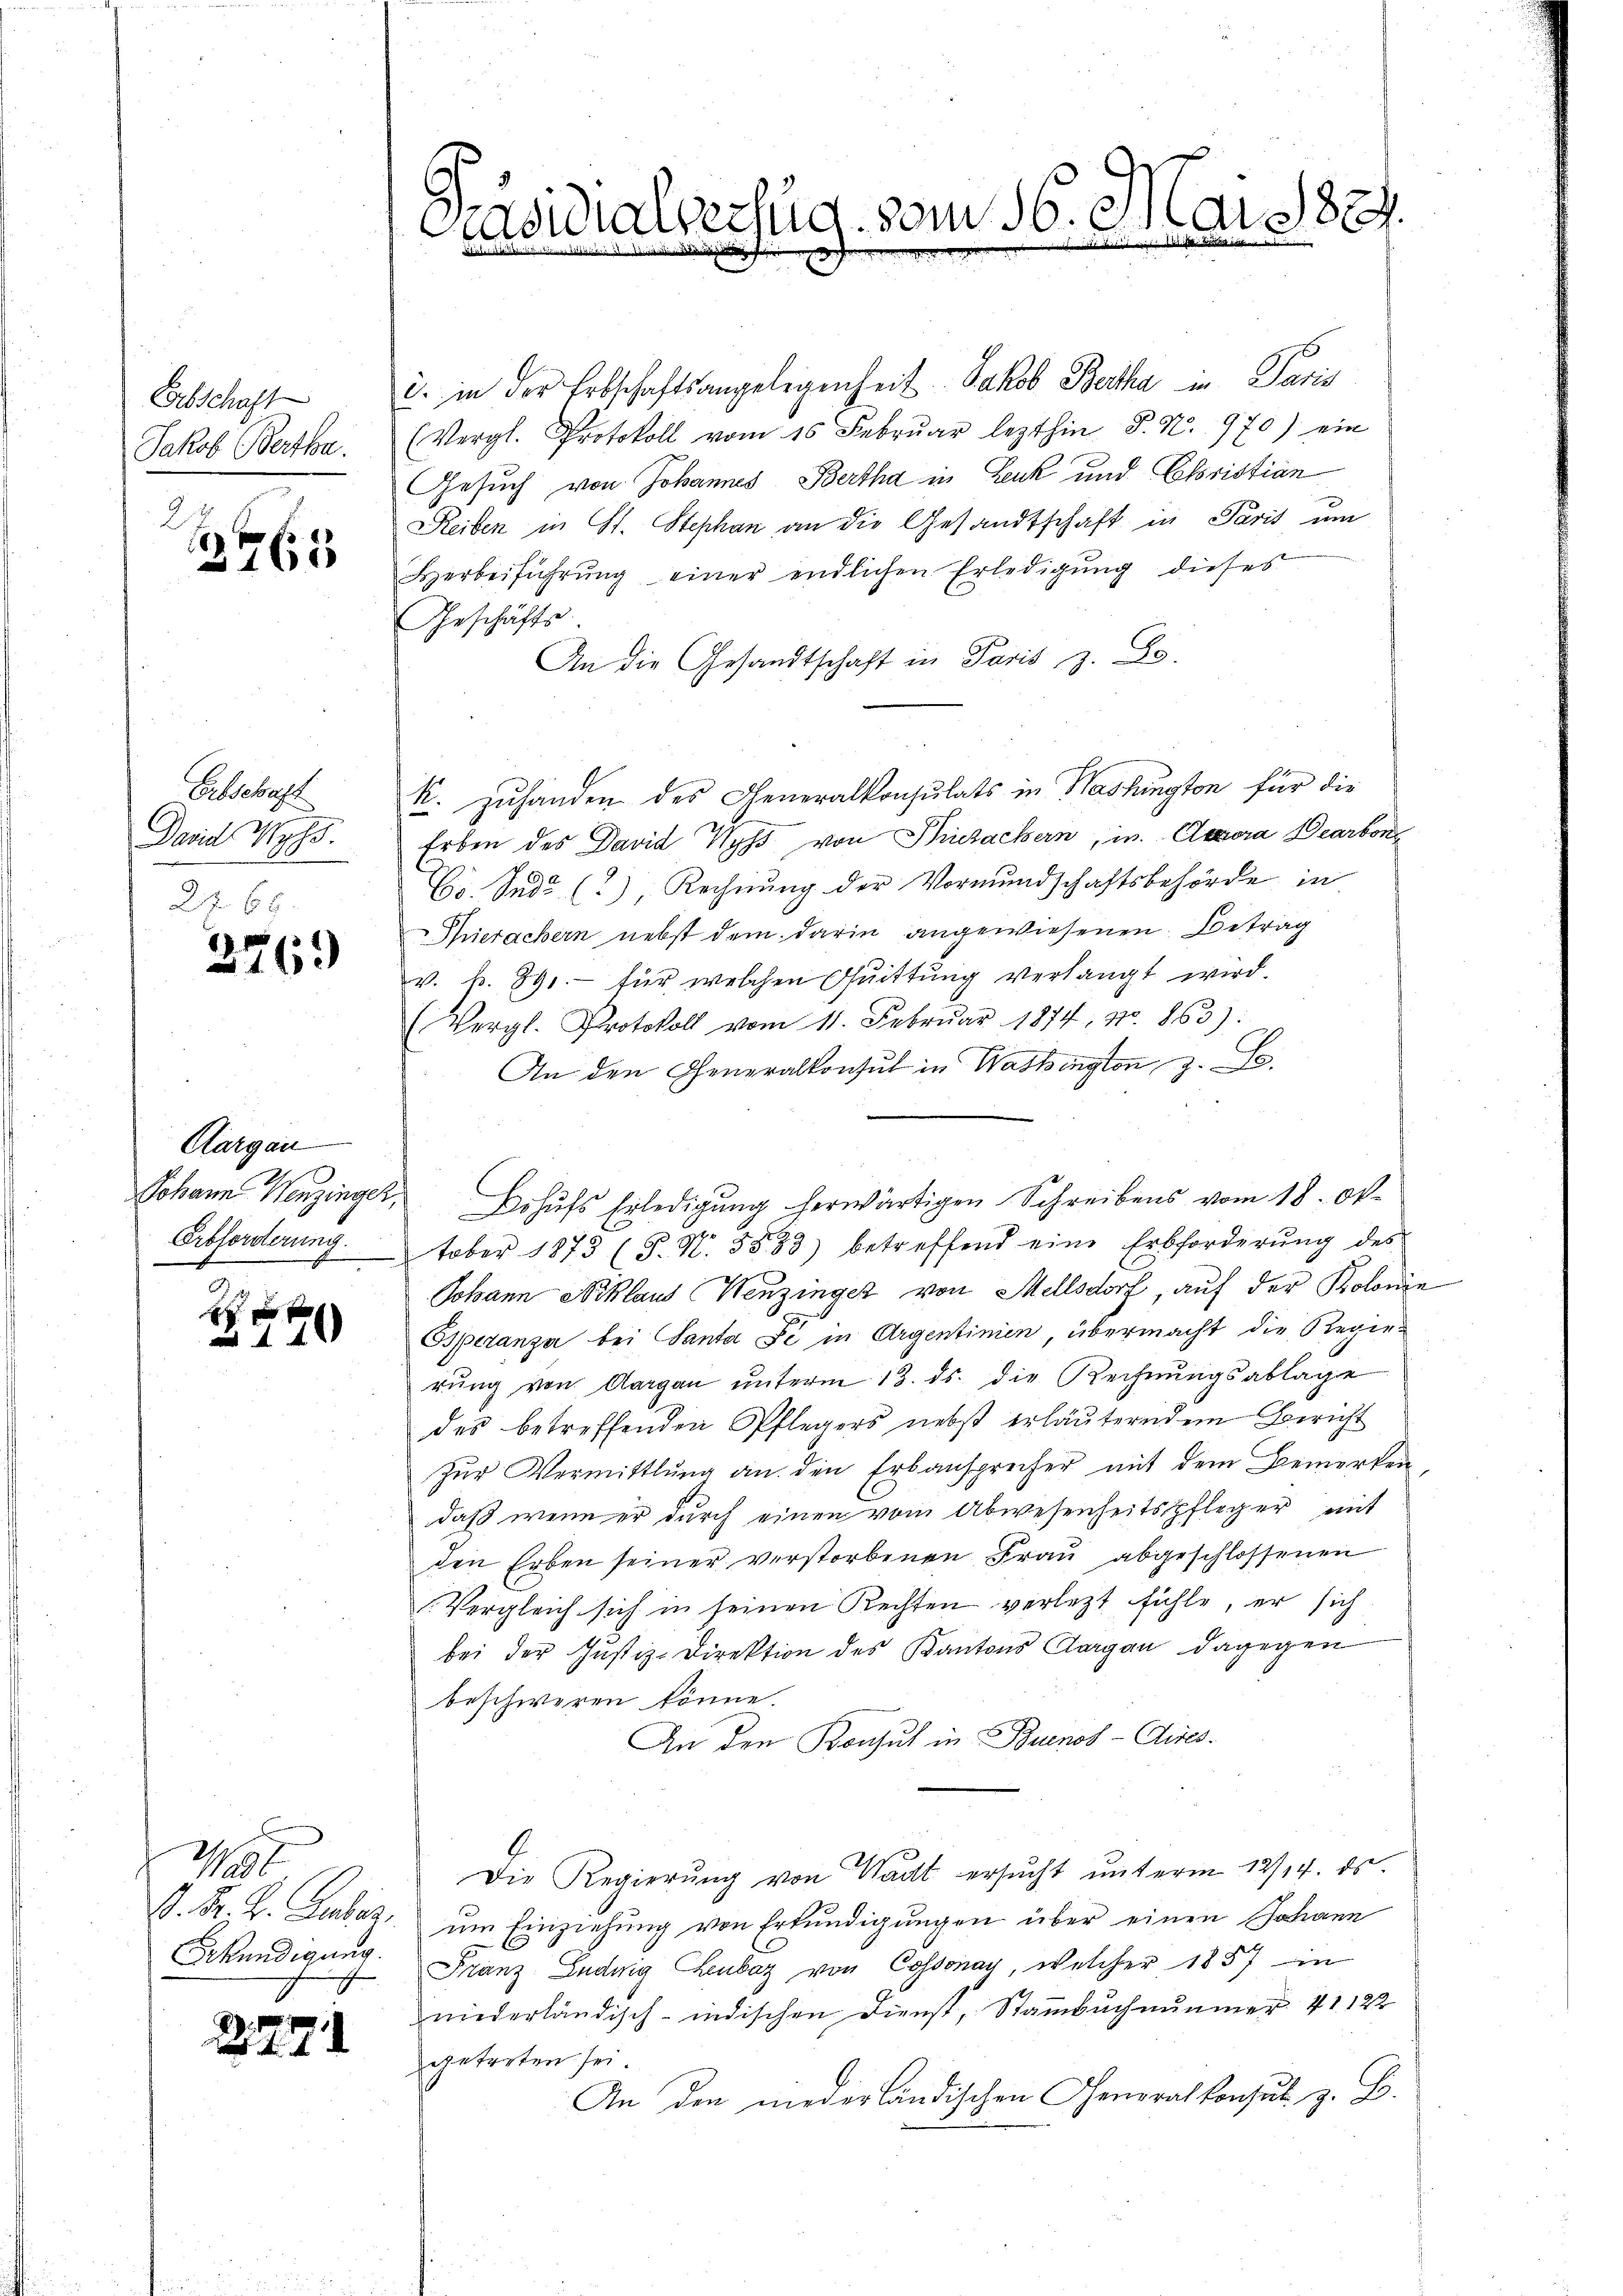
Erbschaft
Jakob Bertha.
2

17 65

Erbschaft
David Wyss.
22. 68.

276)

Aargau
Abforderung.

120

1152
Erkundigung.

2271

Präsidialverzug vom 16. Mai 1889.
d
1

c. in der Erbschaftsangelegenheit Jakob Bertha in Paris
(Vergl. Protokoll vom 16. Febrŭar lezthin P. N. 970) ein
Gesuch von Johannes Bertha in Leuk und Christian
Reiben in St. Stephan an die Gesandtschaft in Paris um
Herbeiführŭng einer endlichen Erledigung dieses
Geschäfts
An die Gesandtschaft in Paris z. B.
k. Zuhanden des Generalkonsulats in Washington für die
Erben des David Wyss von Priesackern, in Accora Bearbon
Dr. Sud (), Rechnung der Vormundschaftsbehörde in
Thierachern nebst dem darin angewiesenen Betrag
v. fr. 891.- für welchen Quittung verlangt wird.
(Vergl. Protokoll vom 11. Febrŭar 1874, No. 863):
An den Generalkonsul in Washington, z. B.
Johann Wenzinger, Bohŭfs Erledigŭng herwärtigen Schreibens vom 18. Ok-
tober 1873 (S. N. 5883) betreffend eine Erbforderŭng des
Johann Niklaus Wenzinger von Mellsdorf, auf der Kolonie
Osperanza bei Santa Se in Argentinien, übermacht die Regie-
rŭng von Aargau unterm 13. ds. die Rechnŭngsablage
des betreffenden Pflegers nebst erläuterndem Bericht
Zur Vermittlung an den Erbansprecher mit dem Bemerken
daß wenn er durch einen vom Abwesenheitspfleger mit
den Erben seiner verstorbenen Frau abgeschlossenen
Vergleich sich in seinen Rechten verletzt fühle, er sich
bei der Justiz-Direktion des Kantons Aargau dagegen
beschweren könne.
An den Konsul in Buenos-Cires.
Die Regierung von Wacht ersucht unterm 12/14. ds.
J. Fr. L. Gebar, um Einziehung von Erkundigungen über einen Johann
Franz Ludwig Ehenbar von Cossonay, welcher 1857 in
niederländisch-indischen Dienst, Stammbuch nunmer 41122
getreten sei.
An den niederländischen Generalkonsul z. B.